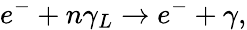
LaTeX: e^{-}+n\gamma_{L}\rightarrow e^{-}+\gamma,